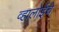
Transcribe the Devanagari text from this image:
व्हालोईचे